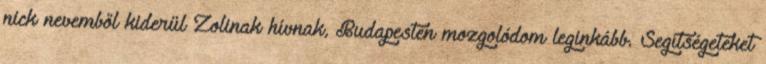
nick nevemből kiderül Zolinak hívnak, Budapesten mozgolódom leginkább. Segítségeteket